Civil Veterinary Department Bihar & Orissa reports 1929-36 - 1929-1936
Year: 1929
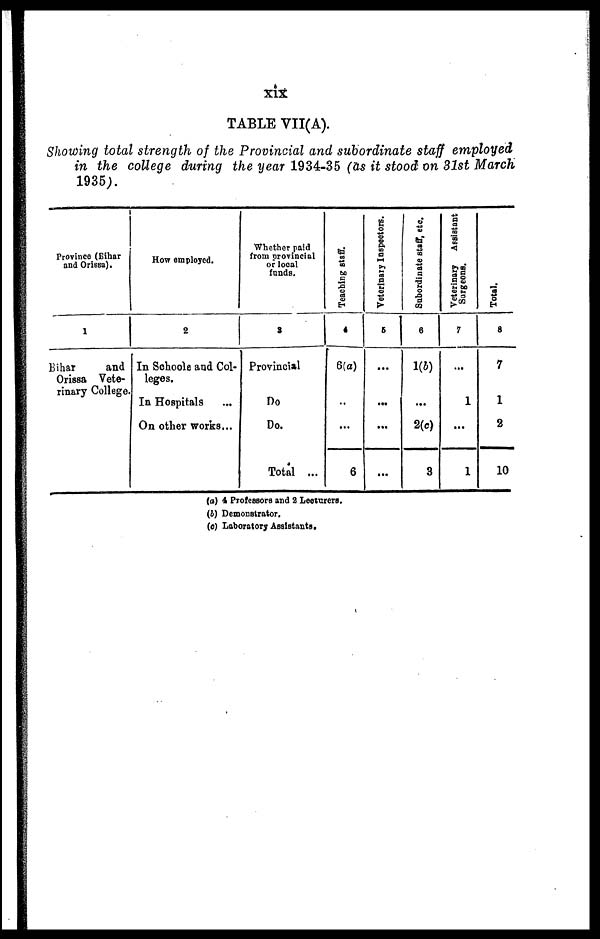
xix
TABLE VII(A).
Showing total strength of the Provincial and subordinate staff employed
in the college during the year 1934-35 (as it stood on 31st March
1935).
Province (Bihar
and Orissa).
1
Bihar
and
Orissa Vete-
rinary College.
How employed.
2
In Schools and Col-
leges.
In Hospitals ...
On other works...
Whether paid
from provincial
or local
funds.
3
Provincial
Do
Do.
Total ...
Teaching staff.
4
6(a)
..
...
6
Veterinary Inspectors.
5
...
...
...
Subordinate staff, etc.
6
1(5)
...
2(c)
3
Veterinary Assistant
Surgeons.
7
...
1
...
1
Total.
8
7
1
2
10
(a) 4 Professors and 2 Lecturers.
(b) Demonstrator.
(c) Laboratory Assistants.